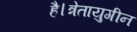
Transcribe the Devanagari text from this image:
है।त्रेतायुगीन